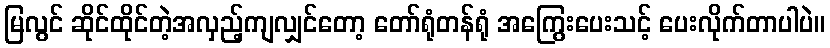
မြလွင် ဆိုင်ထိုင်တဲ့အလှည့်ကျလျှင်တော့ တော်ရုံတန်ရုံ အကြွေးပေးသင့် ပေးလိုက်တာပါပဲ။